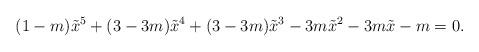
LaTeX: \begin{align*}(1-m)\tilde{x}^5+(3-3m)\tilde{x}^4+(3-3m)\tilde{x}^3-3m\tilde{x}^2-3m\tilde{x}-m=0.\end{align*}